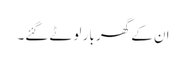
ان کے گھر بار لوٹے گئے۔